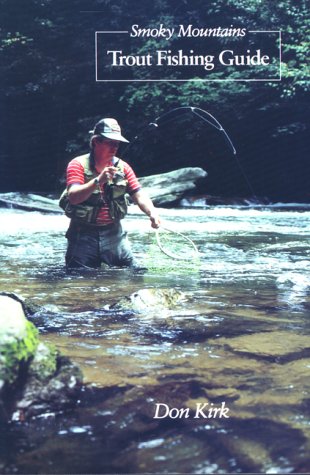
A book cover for Smoky Mountains Trout Fishing Guide; Don Kirk; Travel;